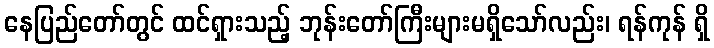
နေပြည်တော်တွင် ထင်ရှားသည့် ဘုန်းတော်ကြီးများမရှိသော်လည်း၊ ရန်ကုန် ရှိ